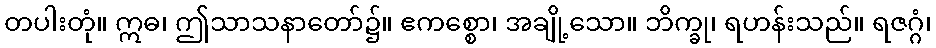
တပါးတုံ။ ဣဓ၊ ဤသာသနာတော်၌။ ဧကစ္စော၊ အချို့သော။ ဘိက္ခု၊ ရဟန်းသည်။ ရဇဂ္ဂံ၊